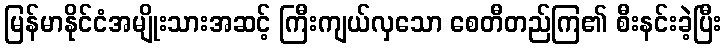
မြန်မာနိုင်ငံအမျိုးသားအဆင့် ကြီးကျယ်လှသော စေတီတည်ကြ၏ စီးနင်းခဲ့ပြီး